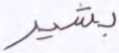
بشير